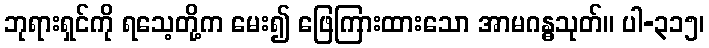
ဘုရားရှင်ကို ရသေ့တို့က မေး၍ ဖြေကြားထားသော အာမဂန္ဓသုတ်။ ပါ-၃၁၅၊